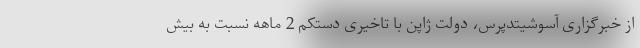
از خبرگزاری آسوشیتدپرس، دولت ژاپن با تاخیری دستکم 2 ماهه نسبت به بیش